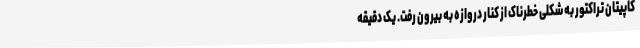
کاپیتان تراکتور به شکلی خطرناک از کنار دروازه به بیرون رفت. یک دقیقه